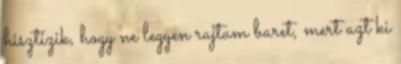
hisztizik, hogy ne legyen rajtam baret, mert azt ki